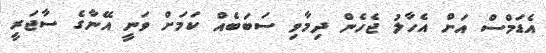
އެޑަމްސް އަށް އެހާލު ޖެހެން ދިމާވި ސަބަބެއް ކަމަށް ވަނީ އޭނާގެ ސާޖަރީ